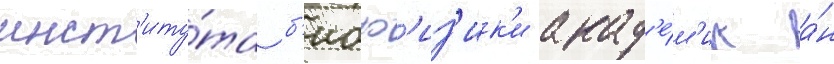
инст'иту́та б'иоф'из'ик'и акад'е́м'ик а́н